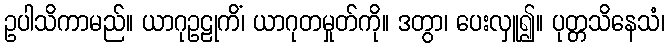
ဥပါသိကာမည်။ ယာဂုဥဠုကိံ၊ ယာဂုတမှုတ်ကို။ ဒတွာ၊ ပေးလှူ၍။ ပုတ္တသိနေသံ၊